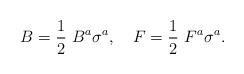
\begin{align*}B = \frac{1}{2} ~B^a \sigma^a, \quad F = \frac{1}{2}~F^a \sigma^a.\end{align*}